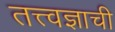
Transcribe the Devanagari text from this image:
तत्त्वज्ञाची